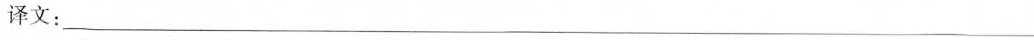
译文：___